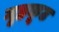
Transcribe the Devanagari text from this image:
गृहकूट